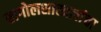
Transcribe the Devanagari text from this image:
खगोलशास्त्रज्ञांचा